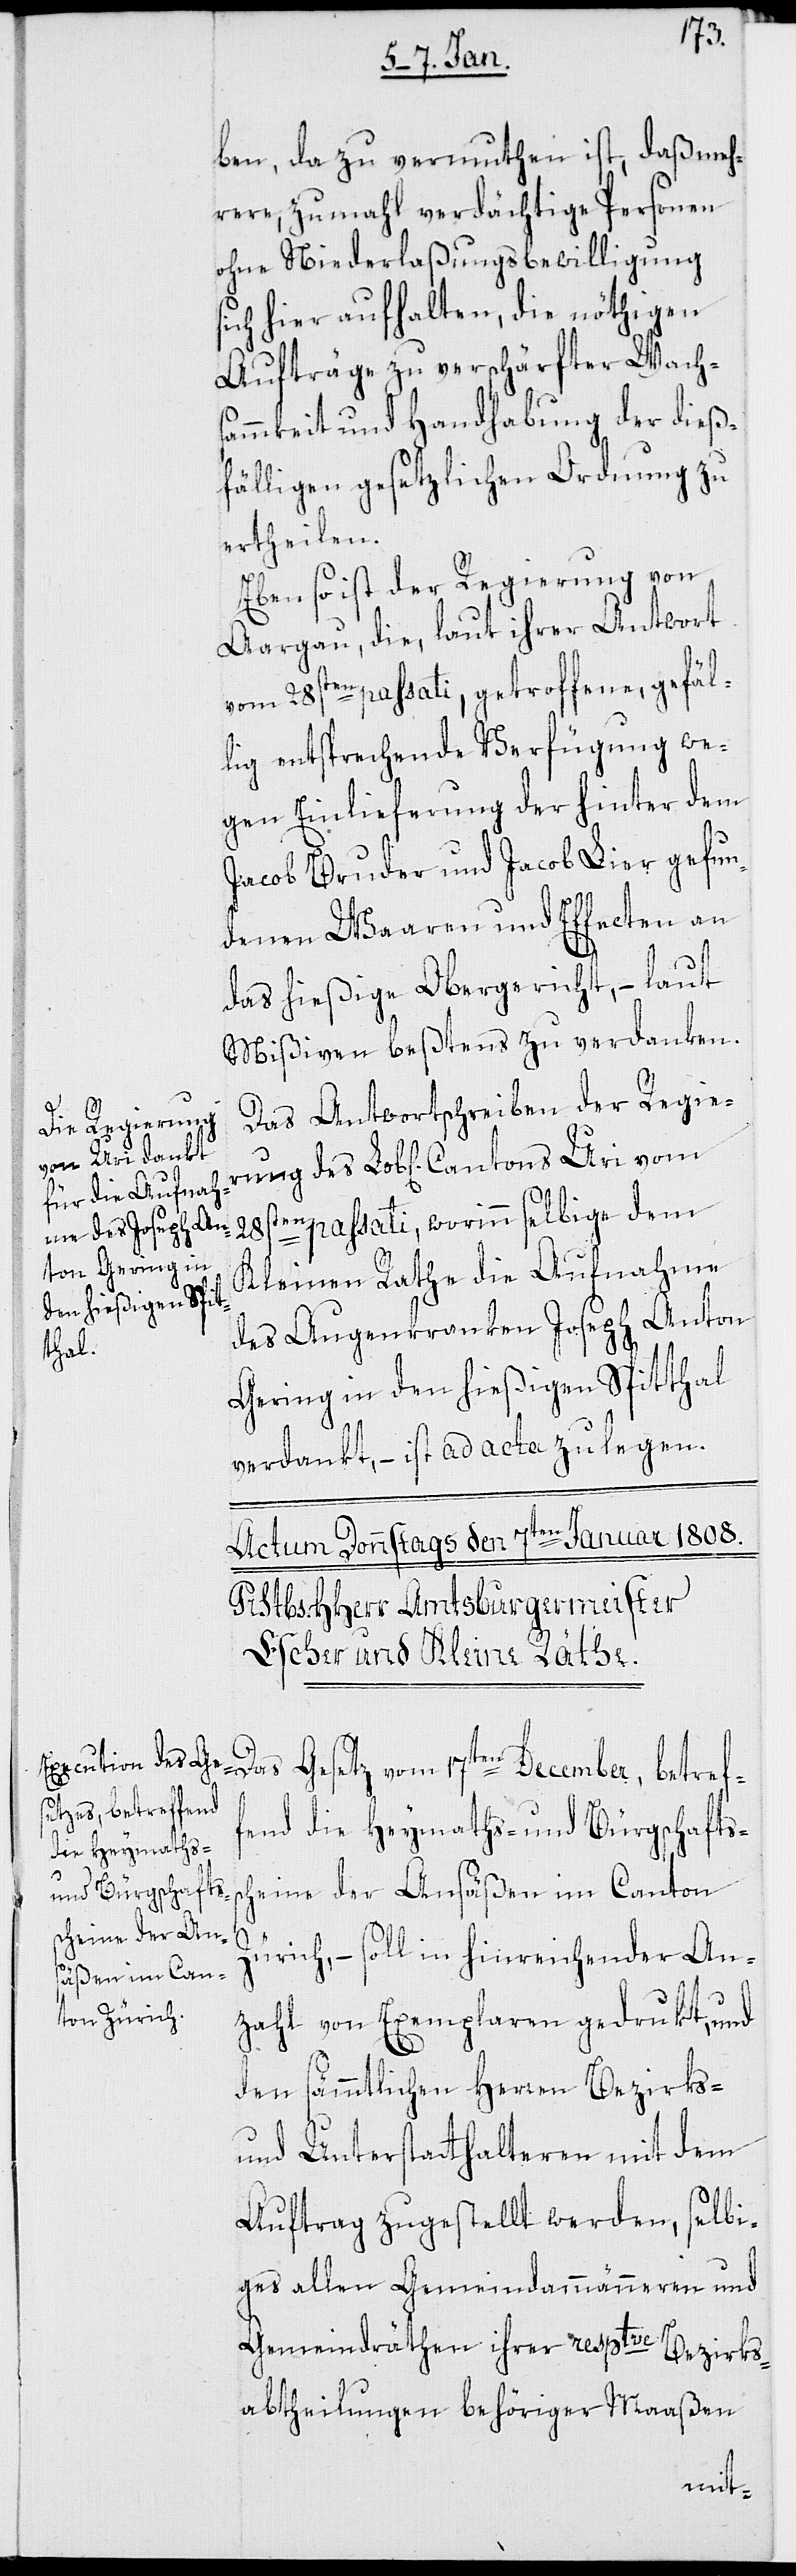
ben, da zu vermuthen ist, daß meh¬
rere, zumahl verdächtige Personen
ohne Niederlaßungsbewilligung
ich hier aufhalten, die nöthigen
Aufträge zu verschärfter Wachs¬
ammkeit und Handhabung der dieß¬
fälligen gesetzlichen Ordnung zu
ertheilen.
Ebenso ist der Regierung von
Aargau, die laut ihrer Antwort
vom 28sten passati, getroffene gefäl¬
lig entsprechende Verfügung we¬
gen Einlieferung der hinter dem
Jacob Bruder und Jacob Lier gefun¬
denen Waaren und Effecten an
das hießige Obergericht, – laut
Mißiven beßtens zu verdanken.
Das Antwortschreiben der Regier¬
passati, worinn selbige dem
De¬
ung des
Kleinen Rathe die Aufnahme
des Augenkranken Joseph Anton
Gering in den hießigen Spitthal
verdankt, – ist ad acta zu legen.
cember, betreffend
die Heymaths-
und Bürgschafts¬
scheine der Ansäßen im Canton
Zürich, – soll in hinreichender An¬
zahl von Exemplaren gedrukt und
den sämmtlichen Herren Bezirks-
und Unterstatthalteren mit dem
Auftrag zugestellt werden, selbi¬
ges allen Gemeindammänneren und
Gemeindräthen ihrer resptve Bezirks¬
abtheilungen behöriger Maaßen